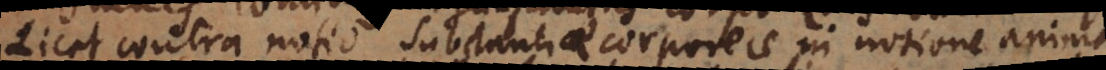
Licet contra notio substantiae corporeae in notione anima